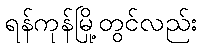
ရန်ကုန်မြို့တွင်လည်း